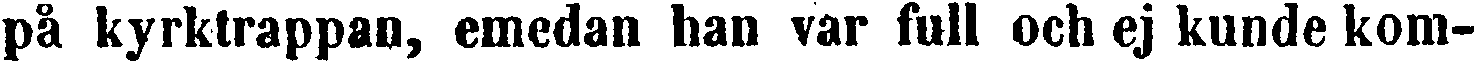
på kyrktrappan, emedan han var full och ej kunde kom-